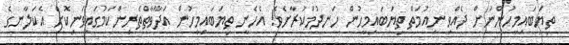
ތިޔަބައިމީހުންނަށް ދެއްވި ނިއުމަތް ތިޔަބައިމީހުން ހަނދުމަކުރާށެވެ! އެހެނީ ތިޔަބައިމީހުން އަދާވާތްތެރިންކަމުގައިވަނިކޮށް އެކަލާނގެ